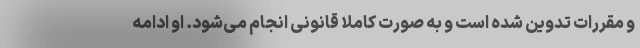
و مقررات تدوین شده است و به صورت کاملا قانونی انجام می‌شود. او ادامه